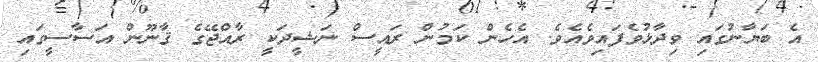
އެ ބަޔާނުގައި ވިދާޅުވެފައިވެއެވެ. އެހެން ކަމުން ރައީސް ނަޝީދަކީ ރާއްޖޭގެ ޤާނޫން އަސާސީގައި